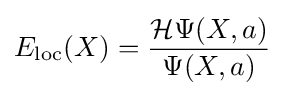
E_{\textrm {loc}}(X)={\frac {{\mathcal {H}}\Psi (X,a)}{\Psi (X,a)}}